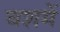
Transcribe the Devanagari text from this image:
वशमें